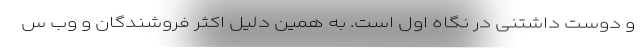
و دوست داشتنی در نگاه اول است. به همین دلیل اکثر فروشندگان و وب س